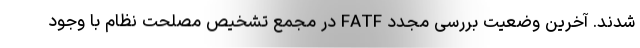
شدند. آخرین وضعیت بررسی مجدد FATF در مجمع تشخیص مصلحت نظام با وجود